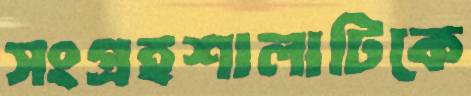
সংগ্রহশালাটিকে